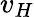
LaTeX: v_{H}